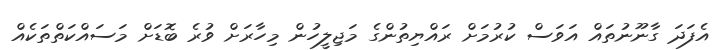
އެފަދަ ގާނޫނުތައް އަވަސް ކުރުމަށް ރައްޔިތުންގެ މަޖިލީހުން މިހާރަށް ވުރެ ބޮޑަށް މަސައްކަތްތަކެއް